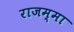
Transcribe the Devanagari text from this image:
राजम्मा